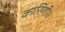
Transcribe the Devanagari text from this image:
कारिणी।।